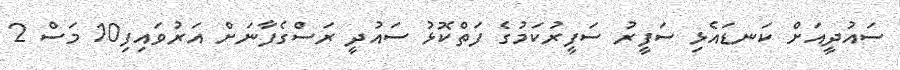
ސައުދީއަށް ކަނޑައެޅި ސަފީރު ސަފީރުކަމުގެ ފަތްކޮޅު ސައުދީ ރަސްގެފާނަށް އަރުވައިފި10 މަސް 2